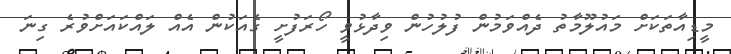
މީޑިއާތަކަށް މައުލޫމާތު ދެއްވަމުން ފުލުހުން ވިދާޅުވީ ހޯރަފުށީ ގެއަކުން އެއް ލައްކައަށްވުރެ ގިނަ